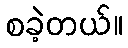
စခဲ့တယ်။